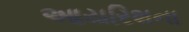
આયરિશના